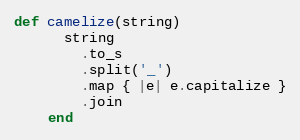
Language: Ruby
def camelize(string)
      string
        .to_s
        .split('_')
        .map { |e| e.capitalize }
        .join
    end